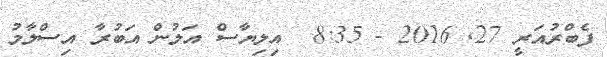
ފެބްރުއަރީ 27